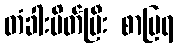
တံခါးပိတ်ပြီး စာပြရ